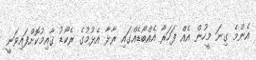
އެންމެ ގިނަ މީހުން އެއް ފަހަރާ އެއްބޯޑެއްގައި ރާޅާ އެޅުމުގެ ރެކޯޑު ޤާއިމުކޮށްފައިވަނީ